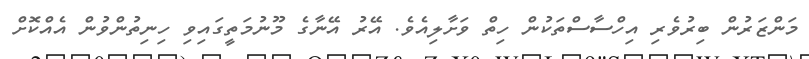
މަންޒަރުން ބިރުވެރި އިހްސާސްތަކުން ހިތް ވަށާލިއެވެ. އޭރު އޭނާގެ މޫނުމަތީގައިވި ހިނިތުންވުން އެއްކޮށް